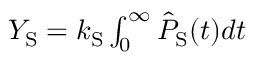
\begin{array} { r } { Y _ { \mathrm { S } } = k _ { \mathrm { S } } \int _ { 0 } ^ { \infty } \hat { P } _ { \mathrm { S } } ( t ) d t } \end{array}